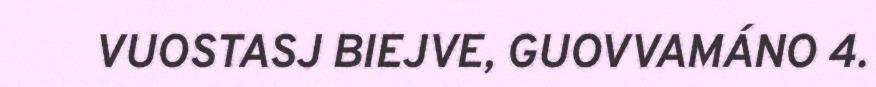
VUOSTASJ BIEJVE, GUOVVAMÁNO 4.